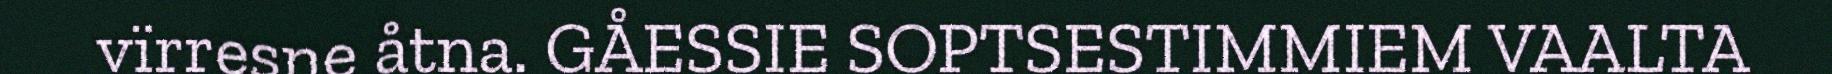
vïrresne åtna. GÅESSIE SOPTSESTIMMIEM VAALTA